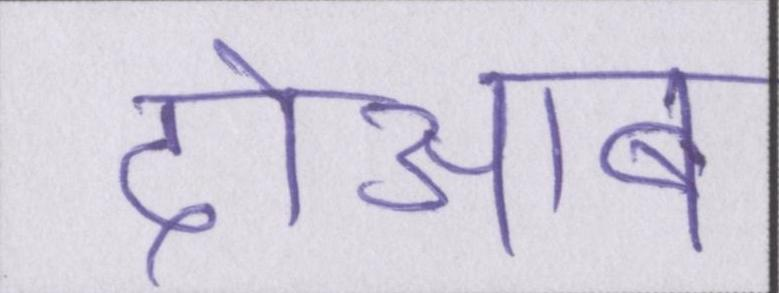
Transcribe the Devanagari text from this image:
दोआब